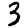
Digit: 3